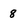
Character: 8